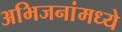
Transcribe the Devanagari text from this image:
अभिजनांमध्ये